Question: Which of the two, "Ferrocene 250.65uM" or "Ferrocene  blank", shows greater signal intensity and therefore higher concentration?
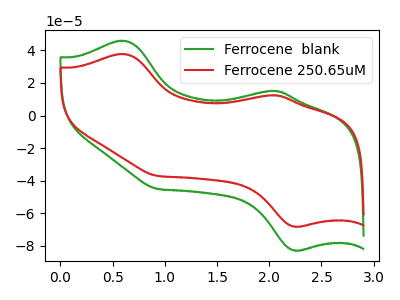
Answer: <think>The green curve "Ferrocene  blank" has anodic peaks at (0.60V, 45.90uA) (2.05V, 15.15uA) and cathodic peaks at (2.25V, -82.75uA) (0.95V, -44.95uA). The red curve "Ferrocene 250.65uM" has anodic peaks at (0.60V, 37.80uA) (2.05V, 12.50uA) and cathodic peaks at (2.25V, -68.10uA) (0.95V, -37.00uA).
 All the peaks in "Ferrocene 250.65uM" have a peak in "Ferrocene  blank" at the same potential. Every peak in "Ferrocene 250.65uM" is lower than every peak in "Ferrocene  blank".</think>
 <answer>"Ferrocene 250.65uM" has less signal than "Ferrocene  blank" and so likely has a lower concentration.</answer>
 <eval>less_concentration</eval>